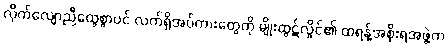
လိုက်လျောညီထွေစွာပင် လက်ရှိအပ်ကားတွေကို မျိုးထွဋ်လှိုင်၏ ထရန့်အစိုးရအဖွဲ့က